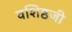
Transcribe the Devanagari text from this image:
वशिष्ठजी